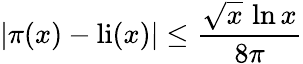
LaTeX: |\pi(x)-\mathrm{{li}}(x)|\leq{\frac{{\sqrt{x}}\, \ln x}{8\pi}}